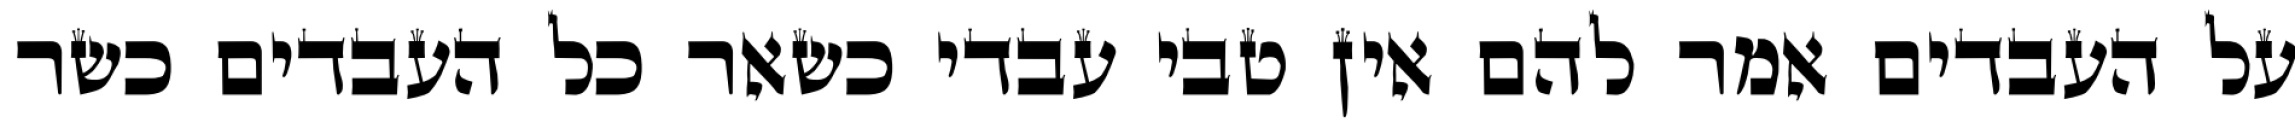
על העבדים אמר להם אין טבי עבדי כשאר כל העבדים כשר